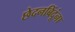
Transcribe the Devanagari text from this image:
छेदनबिंदूंना